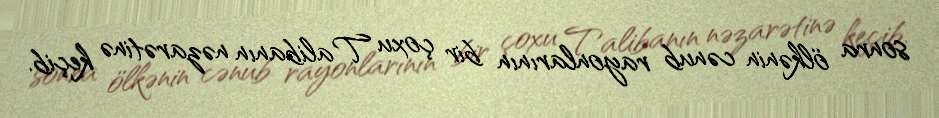
sonra ölkənin cənub rayonlarının bir çoxu Talibanın nəzarətinə keçib.